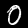
Label: 0